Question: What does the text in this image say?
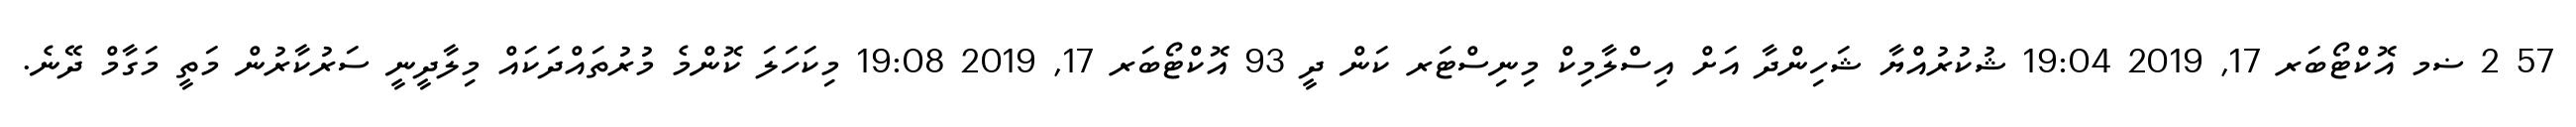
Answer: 57 2 ޟމ އޮކްޓޯބަރ 17, 2019 19:04 ޝުކުރުއްޔާ ޝަހިންދާ އަށް އިސްލާމިކް މިނިސްޓަރ ކަން ދީ 93 އޮކްޓޯބަރ 17, 2019 19:08 މިކަހަލަ ކޮންމެ މުރުތައްދަކައް މިލާދީނީ ސަރުކާރުން މަތީ މަގާމް ދޭނެ.